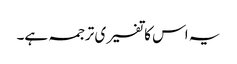
یہ اس کا تفسیری ترجمہ ہے۔